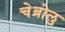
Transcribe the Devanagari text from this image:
चेब्रोलु